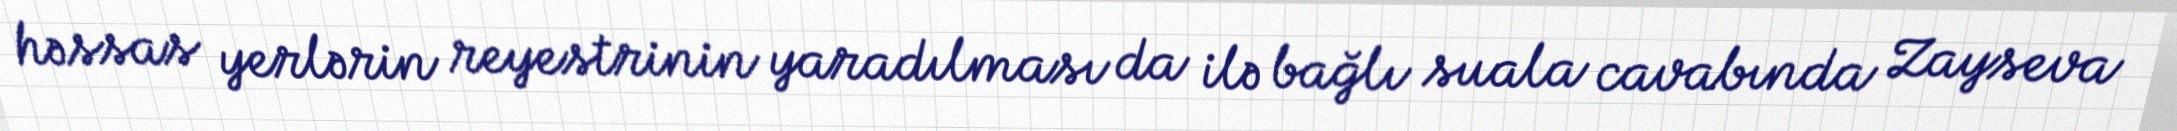
həssas yerlərin reyestrinin yaradılması da ilə bağlı suala cavabında Zayseva